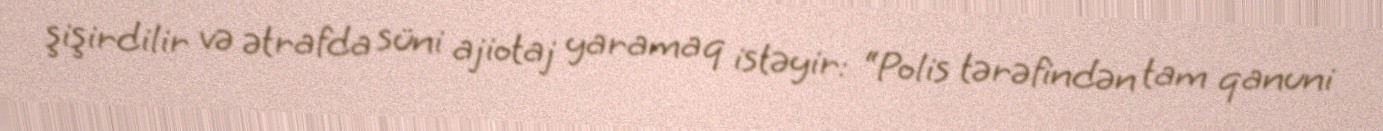
şişirdilir və ətrafda süni ajiotaj yaramaq istəyir: “Polis tərəfindən tam qanuni